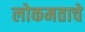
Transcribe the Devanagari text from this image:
लोकमताचे